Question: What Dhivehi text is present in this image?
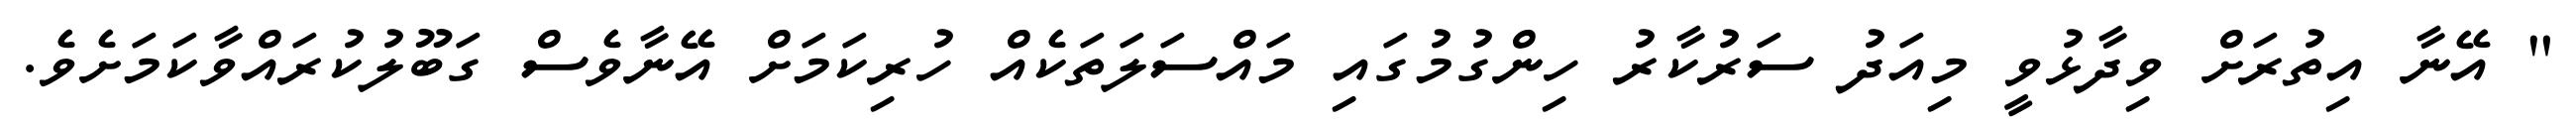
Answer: " އޭނާ އިތުރަށް ވިދާޅުވީ މިއަދު ސަރުކާރު ހިންގުމުގައި މައްސަލަތަކެއް ހުރިކަމަށް އޭނާވެސް ގަބޫލުކުރައްވާކަމަށެވެ.